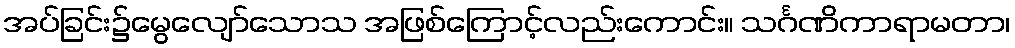
အပ်ခြင်း၌မွေလျော်သောသ အဖြစ်ကြောင့်လည်းကောင်း။ သင်္ဂဏိကာရာမတာ၊